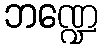
ဘဏ္ဍေ